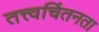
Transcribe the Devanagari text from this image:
तत्त्वचिंतनता